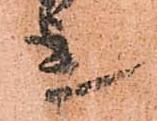
迄